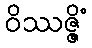
ဝိဿဇ္ဇိံ